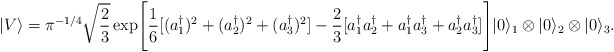
\begin{align*}\vert V \rangle = \pi^{-1/4}\sqrt{2\over 3} \exp\Biggl[{1\over 6}[ (a_1^\dagger)^2+(a_2^\dagger)^2+(a_3^\dagger)^2]-{2\over 3} [a_1^\dagger a_2^\dagger + a_1^\dagger a_3^\dagger +a_2^\dagger a_3^\dagger ]\Biggr]\vert 0 \rangle_1 \otimes\vert 0 \rangle_2 \otimes \vert 0 \rangle_3.\end{align*}